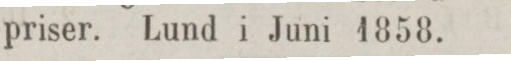
priser. Lund i Juni 1858.